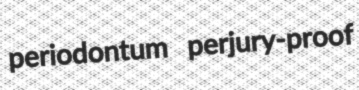
periodontum perjury-proof